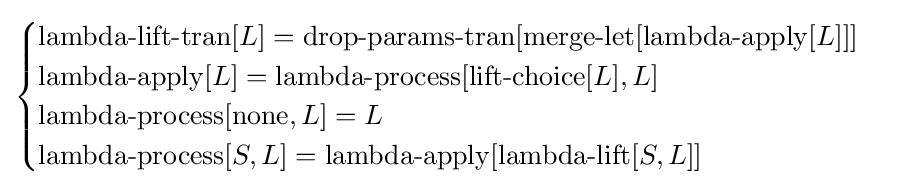
{\begin{cases}\operatorname {lambda-lift-tran} [L]=\operatorname {drop-params-tran} [\operatorname {merge-let} [\operatorname {lambda-apply} [L]]]\\\operatorname {lambda-apply} [L]=\operatorname {lambda-process} [\operatorname {lift-choice} [L],L]\\\operatorname {lambda-process} [\operatorname {none} ,L]=L\\\operatorname {lambda-process} [S,L]=\operatorname {lambda-apply} [\operatorname {lambda-lift} [S,L]]\end{cases}}